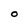
Character: O